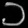
Digit: ၁